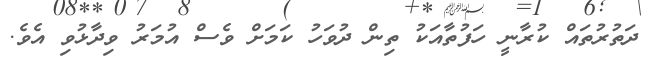
ދަތުރުތައް ކުރާނީ ހަފުތާއަކު ތިން ދުވަހު ކަމަށް ވެސް އުމަރު ވިދާޅުވި އެވެ.